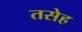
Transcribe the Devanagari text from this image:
तसेह